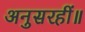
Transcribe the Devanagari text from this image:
अनुसरहीं॥